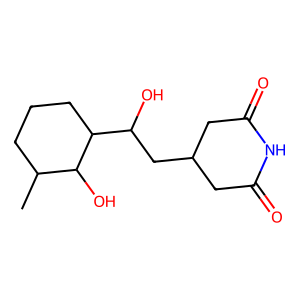
SMILES: CC1CCCC(C(O)CC2CC(=O)NC(=O)C2)C1O
Inhibits HIV replication: No